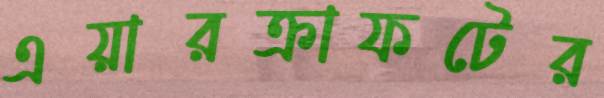
এয়ারক্রাফটের